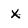
Character: X